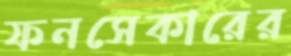
ফনসেকারের